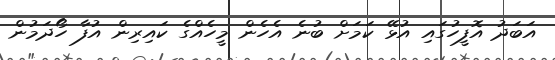
އަބަދު އޮފީހުގައި އުޅޭ ކަމަށް ބުނެ އެހެން މީހެއްގެ ކައިރިން އުފާ ހޯދަމުން